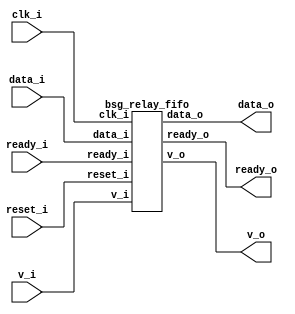


module top
(
  clk_i,
  reset_i,
  ready_o,
  data_i,
  v_i,
  v_o,
  data_o,
  ready_i
);

  input [31:0] data_i;
  output [31:0] data_o;
  input clk_i;
  input reset_i;
  input v_i;
  input ready_i;
  output ready_o;
  output v_o;

  bsg_relay_fifo
  wrapper
  (
    .data_i(data_i),
    .data_o(data_o),
    .clk_i(clk_i),
    .reset_i(reset_i),
    .v_i(v_i),
    .ready_i(ready_i),
    .ready_o(ready_o),
    .v_o(v_o)
  );


endmodule



module bsg_mem_1r1w_synth_width_p32_els_p2_read_write_same_addr_p0_harden_p0
(
  w_clk_i,
  w_reset_i,
  w_v_i,
  w_addr_i,
  w_data_i,
  r_v_i,
  r_addr_i,
  r_data_o
);

  input [0:0] w_addr_i;
  input [31:0] w_data_i;
  input [0:0] r_addr_i;
  output [31:0] r_data_o;
  input w_clk_i;
  input w_reset_i;
  input w_v_i;
  input r_v_i;
  wire [31:0] r_data_o;
  wire N0,N1,N2,N3,N4,N5,N7,N8;
  reg [63:0] mem;
  assign r_data_o[31] = (N3)? mem[31] : 
                        (N0)? mem[63] : 1'b0;
  assign N0 = r_addr_i[0];
  assign r_data_o[30] = (N3)? mem[30] : 
                        (N0)? mem[62] : 1'b0;
  assign r_data_o[29] = (N3)? mem[29] : 
                        (N0)? mem[61] : 1'b0;
  assign r_data_o[28] = (N3)? mem[28] : 
                        (N0)? mem[60] : 1'b0;
  assign r_data_o[27] = (N3)? mem[27] : 
                        (N0)? mem[59] : 1'b0;
  assign r_data_o[26] = (N3)? mem[26] : 
                        (N0)? mem[58] : 1'b0;
  assign r_data_o[25] = (N3)? mem[25] : 
                        (N0)? mem[57] : 1'b0;
  assign r_data_o[24] = (N3)? mem[24] : 
                        (N0)? mem[56] : 1'b0;
  assign r_data_o[23] = (N3)? mem[23] : 
                        (N0)? mem[55] : 1'b0;
  assign r_data_o[22] = (N3)? mem[22] : 
                        (N0)? mem[54] : 1'b0;
  assign r_data_o[21] = (N3)? mem[21] : 
                        (N0)? mem[53] : 1'b0;
  assign r_data_o[20] = (N3)? mem[20] : 
                        (N0)? mem[52] : 1'b0;
  assign r_data_o[19] = (N3)? mem[19] : 
                        (N0)? mem[51] : 1'b0;
  assign r_data_o[18] = (N3)? mem[18] : 
                        (N0)? mem[50] : 1'b0;
  assign r_data_o[17] = (N3)? mem[17] : 
                        (N0)? mem[49] : 1'b0;
  assign r_data_o[16] = (N3)? mem[16] : 
                        (N0)? mem[48] : 1'b0;
  assign r_data_o[15] = (N3)? mem[15] : 
                        (N0)? mem[47] : 1'b0;
  assign r_data_o[14] = (N3)? mem[14] : 
                        (N0)? mem[46] : 1'b0;
  assign r_data_o[13] = (N3)? mem[13] : 
                        (N0)? mem[45] : 1'b0;
  assign r_data_o[12] = (N3)? mem[12] : 
                        (N0)? mem[44] : 1'b0;
  assign r_data_o[11] = (N3)? mem[11] : 
                        (N0)? mem[43] : 1'b0;
  assign r_data_o[10] = (N3)? mem[10] : 
                        (N0)? mem[42] : 1'b0;
  assign r_data_o[9] = (N3)? mem[9] : 
                       (N0)? mem[41] : 1'b0;
  assign r_data_o[8] = (N3)? mem[8] : 
                       (N0)? mem[40] : 1'b0;
  assign r_data_o[7] = (N3)? mem[7] : 
                       (N0)? mem[39] : 1'b0;
  assign r_data_o[6] = (N3)? mem[6] : 
                       (N0)? mem[38] : 1'b0;
  assign r_data_o[5] = (N3)? mem[5] : 
                       (N0)? mem[37] : 1'b0;
  assign r_data_o[4] = (N3)? mem[4] : 
                       (N0)? mem[36] : 1'b0;
  assign r_data_o[3] = (N3)? mem[3] : 
                       (N0)? mem[35] : 1'b0;
  assign r_data_o[2] = (N3)? mem[2] : 
                       (N0)? mem[34] : 1'b0;
  assign r_data_o[1] = (N3)? mem[1] : 
                       (N0)? mem[33] : 1'b0;
  assign r_data_o[0] = (N3)? mem[0] : 
                       (N0)? mem[32] : 1'b0;
  assign N5 = ~w_addr_i[0];
  assign { N8, N7 } = (N1)? { w_addr_i[0:0], N5 } : 
                      (N2)? { 1'b0, 1'b0 } : 1'b0;
  assign N1 = w_v_i;
  assign N2 = N4;
  assign N3 = ~r_addr_i[0];
  assign N4 = ~w_v_i;

  always @(posedge w_clk_i) begin
    if(N8) begin
      { mem[63:32] } <= { w_data_i[31:0] };
    end 
    if(N7) begin
      { mem[31:0] } <= { w_data_i[31:0] };
    end 
  end


endmodule



module bsg_mem_1r1w_width_p32_els_p2_read_write_same_addr_p0
(
  w_clk_i,
  w_reset_i,
  w_v_i,
  w_addr_i,
  w_data_i,
  r_v_i,
  r_addr_i,
  r_data_o
);

  input [0:0] w_addr_i;
  input [31:0] w_data_i;
  input [0:0] r_addr_i;
  output [31:0] r_data_o;
  input w_clk_i;
  input w_reset_i;
  input w_v_i;
  input r_v_i;
  wire [31:0] r_data_o;

  bsg_mem_1r1w_synth_width_p32_els_p2_read_write_same_addr_p0_harden_p0
  synth
  (
    .w_clk_i(w_clk_i),
    .w_reset_i(w_reset_i),
    .w_v_i(w_v_i),
    .w_addr_i(w_addr_i[0]),
    .w_data_i(w_data_i),
    .r_v_i(r_v_i),
    .r_addr_i(r_addr_i[0]),
    .r_data_o(r_data_o)
  );


endmodule



module bsg_two_fifo_width_p32
(
  clk_i,
  reset_i,
  ready_o,
  data_i,
  v_i,
  v_o,
  data_o,
  yumi_i
);

  input [31:0] data_i;
  output [31:0] data_o;
  input clk_i;
  input reset_i;
  input v_i;
  input yumi_i;
  output ready_o;
  output v_o;
  wire [31:0] data_o;
  wire ready_o,v_o,N0,N1,enq_i,n_0_net_,N2,N3,N4,N5,N6,N7,N8,N9,N10,N11,N12,N13,N14,
  N15,N16,N17,N18,N19,N20,N21,N22,N23,N24;
  reg full_r,tail_r,head_r,empty_r;

  bsg_mem_1r1w_width_p32_els_p2_read_write_same_addr_p0
  mem_1r1w
  (
    .w_clk_i(clk_i),
    .w_reset_i(reset_i),
    .w_v_i(enq_i),
    .w_addr_i(tail_r),
    .w_data_i(data_i),
    .r_v_i(n_0_net_),
    .r_addr_i(head_r),
    .r_data_o(data_o)
  );

  assign N9 = (N0)? 1'b1 : 
              (N1)? N5 : 1'b0;
  assign N0 = N3;
  assign N1 = N2;
  assign N10 = (N0)? 1'b0 : 
               (N1)? N4 : 1'b0;
  assign N11 = (N0)? 1'b1 : 
               (N1)? yumi_i : 1'b0;
  assign N12 = (N0)? 1'b0 : 
               (N1)? N6 : 1'b0;
  assign N13 = (N0)? 1'b1 : 
               (N1)? N7 : 1'b0;
  assign N14 = (N0)? 1'b0 : 
               (N1)? N8 : 1'b0;
  assign n_0_net_ = ~empty_r;
  assign v_o = ~empty_r;
  assign ready_o = ~full_r;
  assign enq_i = v_i & N15;
  assign N15 = ~full_r;
  assign N2 = ~reset_i;
  assign N3 = reset_i;
  assign N5 = enq_i;
  assign N4 = ~tail_r;
  assign N6 = ~head_r;
  assign N7 = N17 | N19;
  assign N17 = empty_r & N16;
  assign N16 = ~enq_i;
  assign N19 = N18 & N16;
  assign N18 = N15 & yumi_i;
  assign N8 = N23 | N24;
  assign N23 = N21 & N22;
  assign N21 = N20 & enq_i;
  assign N20 = ~empty_r;
  assign N22 = ~yumi_i;
  assign N24 = full_r & N22;

  always @(posedge clk_i) begin
    if(1'b1) begin
      full_r <= N14;
      empty_r <= N13;
    end 
    if(N9) begin
      tail_r <= N10;
    end 
    if(N11) begin
      head_r <= N12;
    end 
  end


endmodule



module bsg_relay_fifo
(
  clk_i,
  reset_i,
  ready_o,
  data_i,
  v_i,
  v_o,
  data_o,
  ready_i
);

  input [31:0] data_i;
  output [31:0] data_o;
  input clk_i;
  input reset_i;
  input v_i;
  input ready_i;
  output ready_o;
  output v_o;
  wire [31:0] data_o;
  wire ready_o,v_o,yumi;

  bsg_two_fifo_width_p32
  two_fifo
  (
    .clk_i(clk_i),
    .reset_i(reset_i),
    .ready_o(ready_o),
    .data_i(data_i),
    .v_i(v_i),
    .v_o(v_o),
    .data_o(data_o),
    .yumi_i(yumi)
  );

  assign yumi = ready_i & v_o;

endmodule